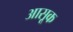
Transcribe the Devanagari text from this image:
आसूक